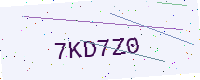
Text: 7KD7Z0